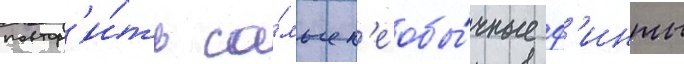
повтор'и́ть са́мые н'еобы́чные ф'инты